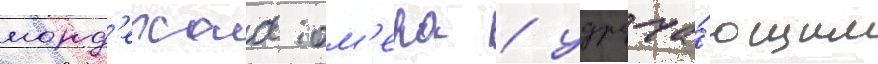
морд'ехаа ом'ера / удруча́ющим